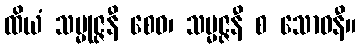
ထိယံ သမ္မုဇ္ဇနီ စေဝ၊ သမ္မဇ္ဇနီ စ သောဓနီ။